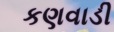
કણવાડી